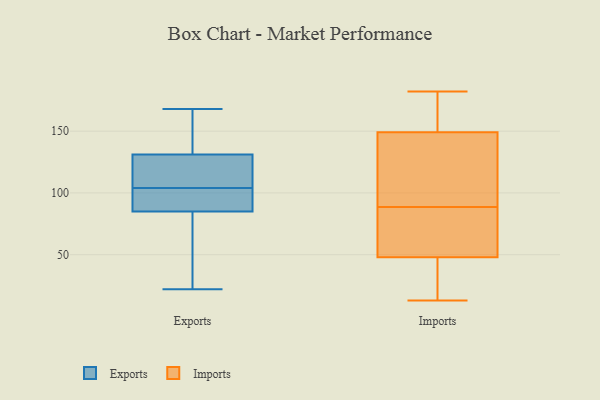
{"axis": {"x": "Inventory Turnover", "y": "Value"}, "legend": ["Exports", "Imports"], "data": [{"x": "", "y": 49, "type": "Exports"}, {"x": "", "y": 126, "type": "Exports"}, {"x": "", "y": 166, "type": "Exports"}, {"x": "", "y": 131, "type": "Exports"}, {"x": "", "y": 65, "type": "Exports"}, {"x": "", "y": 86, "type": "Exports"}, {"x": "", "y": 134, "type": "Exports"}, {"x": "", "y": 22, "type": "Exports"}, {"x": "", "y": 81, "type": "Exports"}, {"x": "", "y": 154, "type": "Exports"}, {"x": "", "y": 97, "type": "Exports"}, {"x": "", "y": 89, "type": "Exports"}, {"x": "", "y": 85, "type": "Exports"}, {"x": "", "y": 168, "type": "Exports"}, {"x": "", "y": 129, "type": "Exports"}, {"x": "", "y": 121, "type": "Exports"}, {"x": "", "y": 102, "type": "Exports"}, {"x": "", "y": 106, "type": "Exports"}, {"x": "", "y": 149, "type": "Imports"}, {"x": "", "y": 48, "type": "Imports"}, {"x": "", "y": 173, "type": "Imports"}, {"x": "", "y": 83, "type": "Imports"}, {"x": "", "y": 13, "type": "Imports"}, {"x": "", "y": 86, "type": "Imports"}, {"x": "", "y": 41, "type": "Imports"}, {"x": "", "y": 182, "type": "Imports"}, {"x": "", "y": 135, "type": "Imports"}, {"x": "", "y": 91, "type": "Imports"}]}